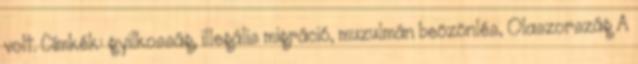
volt. Címkék: gyilkosság, illegális migráció, muzulmán beözönlés, Olaszország A